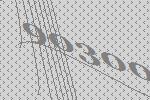
90300